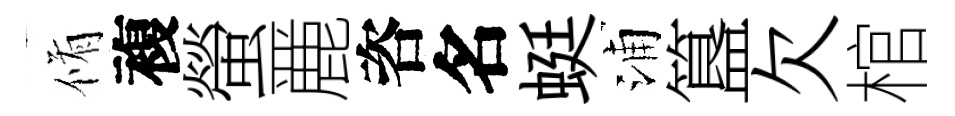
脩複螢䴡咨名蜓浦簋欠棺